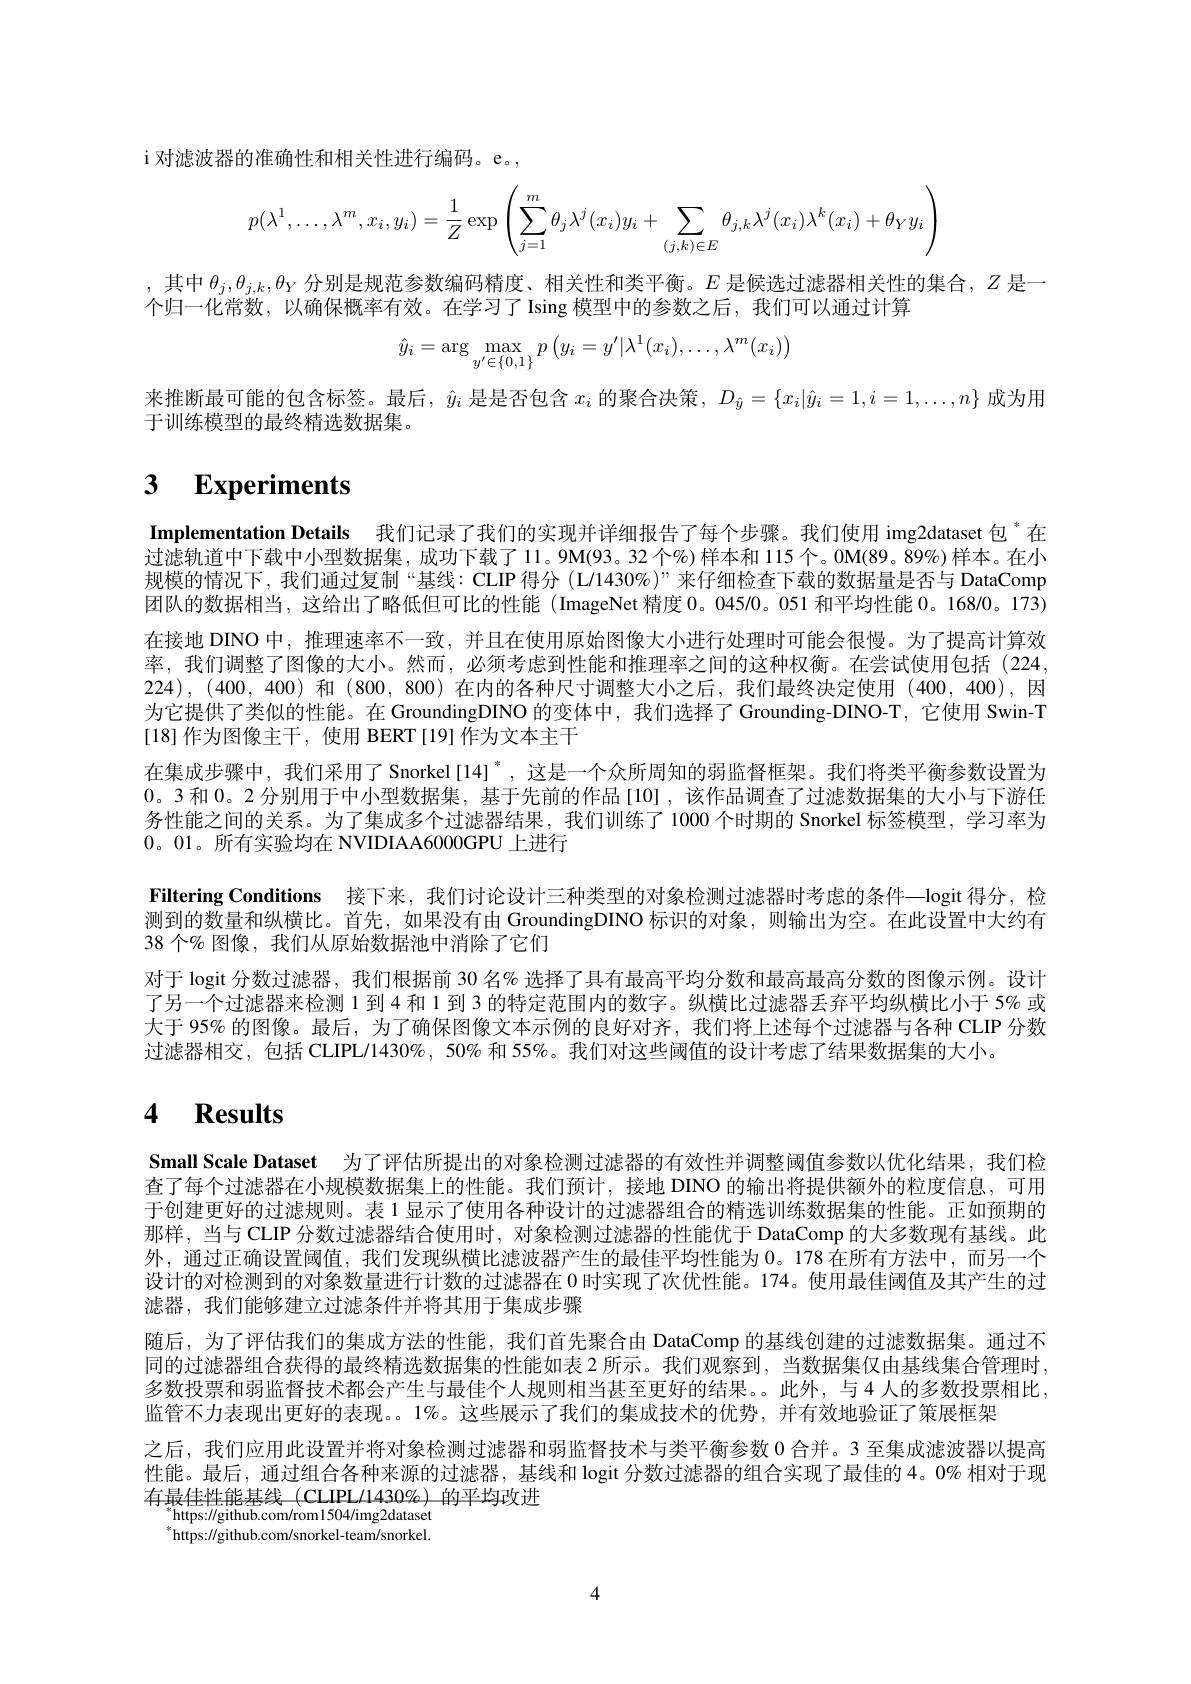
i 对滤波器的准确性和相关性进行编码。e。,
$$p(\lambda^1,\ldots,\lambda^m,x_i,y_i)=\frac{1}{Z}\exp\left(\sum_{j=1}^m\theta_j\lambda^j(x_i)y_i+\sum_{(j,k)\in E}\theta_{j,k}\lambda^j(x_i)\lambda^k(x_i)+\theta_Yy_i\right)$$
,其中$\theta_j,\theta_{j,k},\theta_Y$分别是规范参数编码精度、相关性和类平衡。$E$ 是候选过滤器相关性的集合，$Z$ 是一
个归一化常数，以确保概率有效。在学习了 Ising 模型中的参数之后，我们可以通过计算
$$\hat{y}_i=\arg\max_{y'\in\{0,1\}}p\left(y_i=y'|\lambda^1(x_i),\dots,\lambda^m(x_i)\right)$$
来推断最可能的包含标签。最后，$\hat{y}_i$是是否包含$x_i$的聚合决策，$D_\hat{y}=\{x_i|\hat{y}_i=1,i=1,\ldots,n\}$成为用
于训练模型的最终精选数据集。

# 3 $\textbf{Experiments}$

Implementation Details 我们记录了我们的实现并详细报告了每个步骤。我们使用 img2dataset 包 $^{*}$在过滤轨道中下载中小型数据集，成功下载了11。9M(93。32 个%)样本和 115个。0M(89。89%)样本。在小规模的情况下，我们通过复制“基线：CLIP 得分 (L/1430%)”来仔细检查下载的数据量是否与 DataComp 团队的数据相当，这给出了略低但可比的性能 (ImageNet 精度0。0450。051 和平均性能0。16800。173) 在接地 DINO 中，推理速率不一致，并且在使用原始图像大小进行处理时可能会很慢。为了提高计算效率，我们调整了图像的大小。然而，必须考虑到性能和推理率之间的这种权衡。在尝试使用包括(224, 224),(400,400)和 (800, 800) 在内的各种尺寸调整大小之后，我们最终决定使用 (400,400),因为它提供了类似的性能。在 GroundingDINO 的变体中，我们选择了 Grounding-DINO-T,它使用 Swin-T [18]作为图像主干，使用 BERT[19]作为文本主干
在集成步骤中，我们采用了Snorkel[14]",这是一个众所周知的弱监督框架。我们将类平衡参数设置为0。3 和 0。2 分别用于中小型数据集，基于先前的作品[10] ,该作品调查了过滤数据集的大小与下游任务性能之间的关系。为了集成多个过滤器结果，我们训练了1000 个时期的 Snorkel 标签模型，学习率为0。01。所有实验均在 NVIDIAA6000GPU 上进行
Filtering Conditions 接下来，我们讨论设计三种类型的对象检测过滤器时考虑的条件—logit 得分，检测到的数量和纵横比。首先，如果没有由 GroundingDINO 标识的对象，则输出为空。在此设置中大约有38 个% 图像，我们从原始数据池中消除了它们
对于 logit 分数过滤器，我们根据前 30 名% 选择了具有最高平均分数和最高最高分数的图像示例。设计了另一个过滤器来检测 1 到 4 和 1 到 3 的特定范围内的数字。纵横比过滤器丢弃平均纵横比小于 5% 或大于 95% 的图像。最后，为了确保图像文本示例的良好对齐，我们将上述每个过滤器与各种 CLIP 分数过滤器相交，包括 CLIPL/1430%, 50% 和 55%。我们对这些阈值的设计考虑了结果数据集的大小。

# 4 $\mathbf{Results}$

Small Scale Dataset 为了评估所提出的对象检测过滤器的有效性并调整阈值参数以优化结果，我们检查了每个过滤器在小规模数据集上的性能。我们预计，接地 DINO 的输出将提供额外的粒度信息，可用于创建更好的过滤规则。表 1 显示了使用各种设计的过滤器组合的精选训练数据集的性能。正如预期的那样，当与 CLIP 分数过滤器结合使用时，对象检测过滤器的性能优于 DataComp 的大多数现有基线。此外，通过正确设置阈值，我们发现纵横比滤波器产生的最佳平均性能为0。178 在所有方法中，而另一个设计的对检测到的对象数量进行计数的过滤器在 0 时实现了次优性能。174。使用最佳阈值及其产生的过滤器，我们能够建立过滤条件并将其用于集成步骤
随后，为了评估我们的集成方法的性能，我们首先聚合由 DataComp 的基线创建的过滤数据集。通过不同的过滤器组合获得的最终精选数据集的性能如表 2 所示。我们观察到，当数据集仅由基线集合管理时， 多数投票和弱监督技术都会产生与最佳个人规则相当甚至更好的结果。此外，与4人的多数投票相比， 监管不力表现出更好的表现。1%。这些展示了我们的集成技术的优势，并有效地验证了策展框架
之后，我们应用此设置并将对象检测过滤器和弱监督技术与类平衡参数 0 合并。3 至集成滤波器以提高性能。最后，通过组合各种来源的过滤器，基线和 logit 分数过滤器的组合实现了最佳的 4。0% 相对于现有最佳性能基线 (CLIPL/1430%) 的平均改进
https: / / github. com/ rom1504/ img2dataset $^{*}$https://github.com/snorkel-team/snorkel.